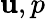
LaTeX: {\mathbf u},p